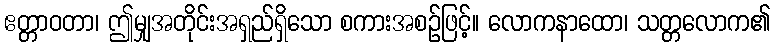
ဧတ္တာဝတာ၊ ဤမျှအတိုင်းအရှည်ရှိသော စကားအစဉ်ဖြင့်။ လောကနာထော၊ သတ္တလောက၏